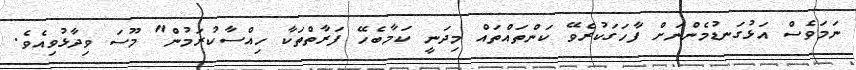
ނަމަވެސް އަޅުގަނޑުމެންނަށް ފާހަގަކުރެވޭ ކަންތައްތައް މިދަނީ ކަމާބެހޭ ފަރާތްތަކާ ހިއްސާކުރަމުން" މޫސަ ވިދާޅުވިއެވެ.